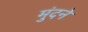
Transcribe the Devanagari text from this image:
मुंदने